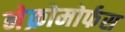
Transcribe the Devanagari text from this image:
नेक्रोमोर्फस